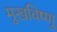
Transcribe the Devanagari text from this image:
मुखविष्णु